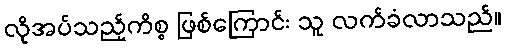
လိုအပ်သည့်ကိစ္စ ဖြစ်ကြောင်း သူ လက်ခံလာသည်။